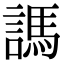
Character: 𧪨